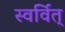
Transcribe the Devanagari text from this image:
स्वर्वित्